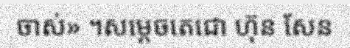
ចាស់» ។សម្តេចតេជោ ហ៊ុន សែន